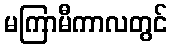
မကြာမီကာလတွင်